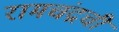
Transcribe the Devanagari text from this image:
रामचंद्रची